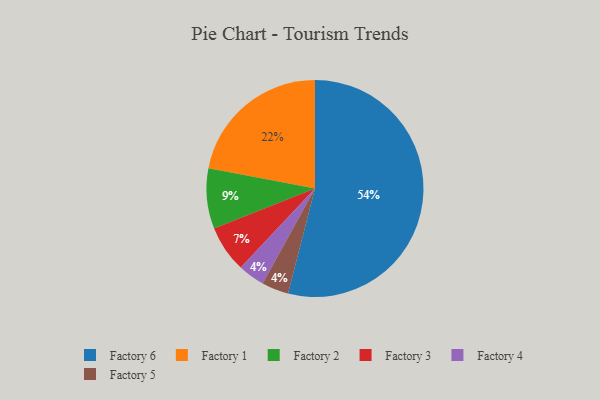
{"axis": {"x": "Category", "y": "Percentage"}, "legend": ["Factory 1", "Factory 2", "Factory 3", "Factory 4", "Factory 5", "Factory 6"], "data": [{"x": "Factory 1", "y": 22, "type": "Factory 1"}, {"x": "Factory 4", "y": 4, "type": "Factory 4"}, {"x": "Factory 6", "y": 54, "type": "Factory 6"}, {"x": "Factory 5", "y": 4, "type": "Factory 5"}, {"x": "Factory 2", "y": 9, "type": "Factory 2"}, {"x": "Factory 3", "y": 7, "type": "Factory 3"}]}